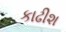
કાઢીશ